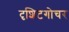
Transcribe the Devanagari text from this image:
दृशिटगोचर